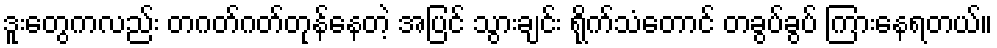
ဒူးတွေကလည်း တဂတ်ဂတ်တုန်နေတဲ့ အပြင် သွားချင်း ရိုက်သံတောင် တခွပ်ခွပ် ကြားနေရတယ်။